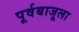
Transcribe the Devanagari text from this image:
पूर्वबाजूला